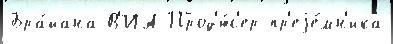
Бра́йана В'ИА Прод'ю́с'ер пр'еjе́мн'ика